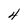
Character: 4